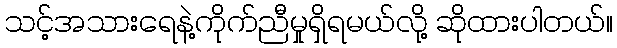
သင့်အသားရေနဲ့ကိုက်ညီမှုရှိရမယ်လို့ ဆိုထားပါတယ်။